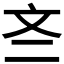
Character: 𫿭